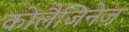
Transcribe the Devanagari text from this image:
कोलैजिनेज़